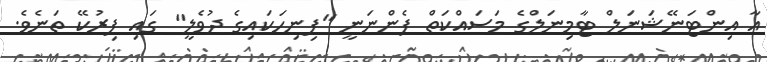
އާ އިންޓަނޭޝަނަލް ޓާމިނަލްގެ މަސައްކަތް ފެންނަނީ "ފިނިހަކައިގެ ދުވެލީ" ގައި ފިރުކޭ ތަނެވެ.